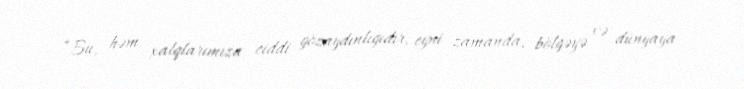
“Bu, həm xalqlarımıza ciddi gözaydınlığıdır, eyni zamanda, bölgəyə və dünyaya